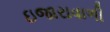
ઇજારાવાળી